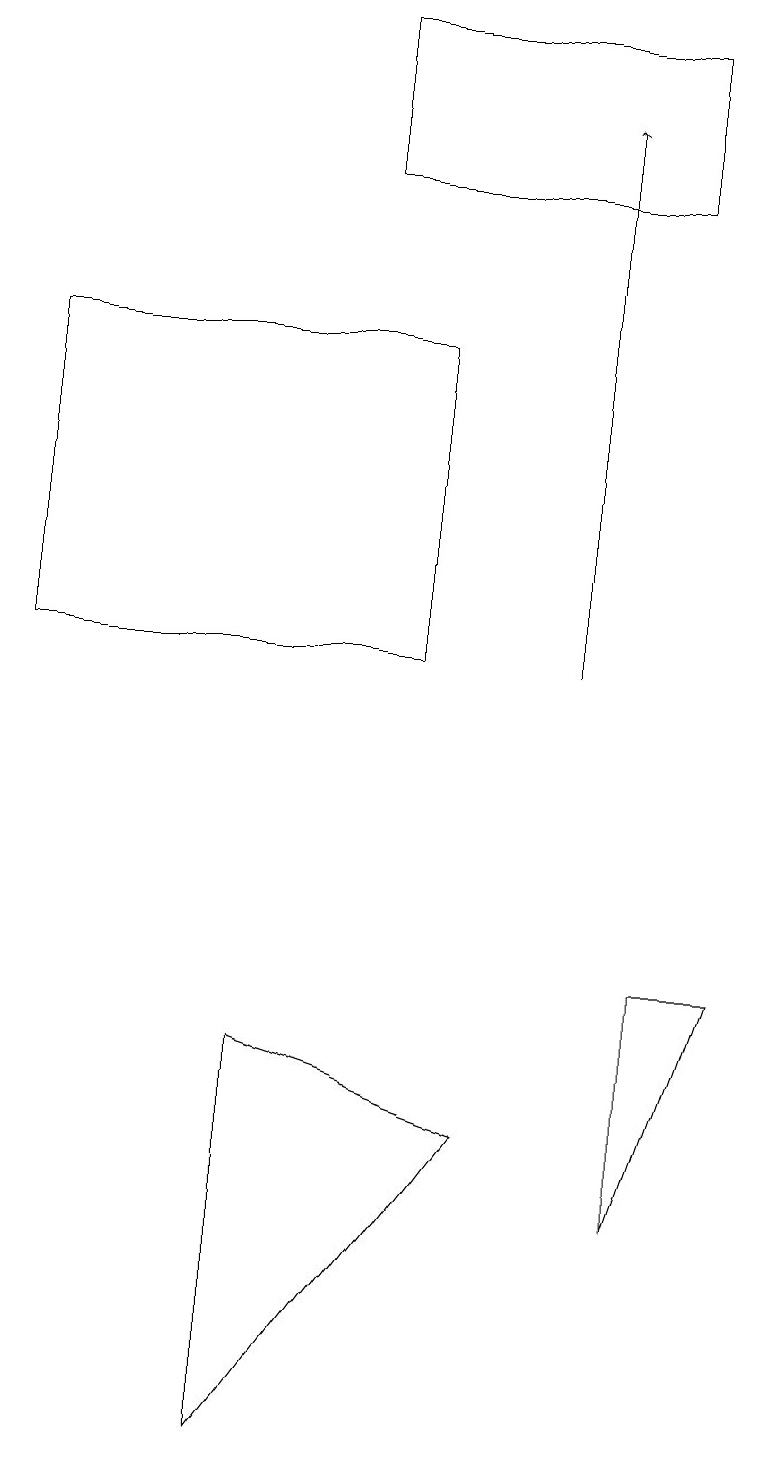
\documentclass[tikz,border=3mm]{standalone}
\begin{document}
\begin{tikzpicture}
\draw (4,19) rectangle (8,17);
\draw (3,1) -- (3,6) -- (6,5) -- cycle;
\draw (0,15) rectangle (5,11);
\draw (8,7) -- (9,7) -- (8,4) -- cycle;
\draw[->] (7,11) -- (7,18);
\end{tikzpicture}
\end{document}